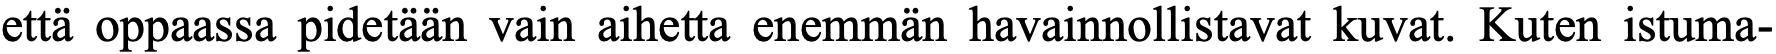
että oppaassa pidetään vain aihetta enemmän havainnollistavat kuvat. Kuten istuma-